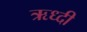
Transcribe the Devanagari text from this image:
ऋध्दी